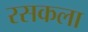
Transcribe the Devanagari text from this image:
रसकला